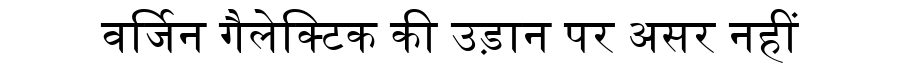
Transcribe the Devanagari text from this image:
वर्जिन गैलेक्टिक की उड़ान पर असर नहीं